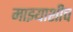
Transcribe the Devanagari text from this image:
माझ्याशीच